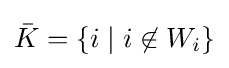
{\bar {K}}=\{i\mid i\not \in W_{i}\}